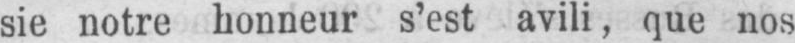
sie notre honneur s’est avili, que nos